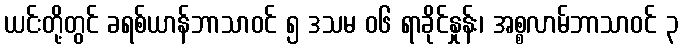
ယင်းတို့တွင် ခရစ်ယာန်ဘာသာဝင် ၅ ဒသမ ၀၆ ရာခိုင်နှုန်း၊ အစ္စလာမ်ဘာသာဝင် ၃